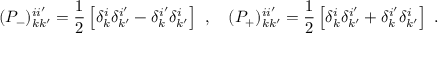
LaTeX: ( P _ { - } ) _ { k k ^ { \prime } } ^ { i i ^ { \prime } } = \frac { 1 } { 2 } \left[ \delta _ { k } ^ { i } \delta _ { k ^ { \prime } } ^ { i ^ { \prime } } - \delta _ { k } ^ { i ^ { \prime } } \delta _ { k ^ { \prime } } ^ { i } \right] ~ , ~ ~ ~ ( P _ { + } ) _ { k k ^ { \prime } } ^ { i i ^ { \prime } } = \frac { 1 } { 2 } \left[ \delta _ { k } ^ { i } \delta _ { k ^ { \prime } } ^ { i ^ { \prime } } + \delta _ { k } ^ { i ^ { \prime } } \delta _ { k ^ { \prime } } ^ { i } \right] ~ .